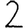
Digit: 2